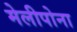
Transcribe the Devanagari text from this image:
मेलीपोना